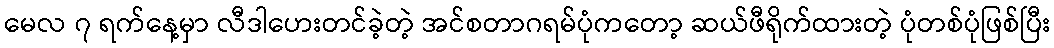
မေလ ၇ ရက်နေ့မှာ လီဒါဟေးတင်ခဲ့တဲ့ အင်စတာဂရမ်ပုံကတော့ ဆယ်ဖီရိုက်ထားတဲ့ ပုံတစ်ပုံဖြစ်ပြီး